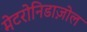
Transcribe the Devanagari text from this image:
मेटरोनिडाज़ोल